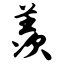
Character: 羡